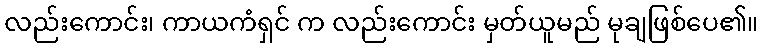
လည်းကောင်း၊ ကာယကံရှင် က လည်းကောင်း မှတ်ယူမည် မုချဖြစ်ပေ၏။